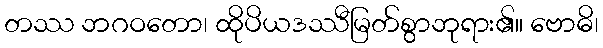
တဿ ဘဂဝတော၊ ထိုပိယဒဿီမြတ်စွာဘုရား၏။ ဗောဓိ၊